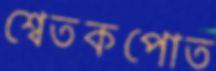
শ্বেতকপোত